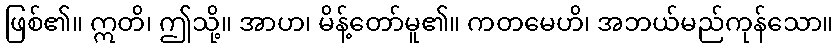
ဖြစ်၏။ ဣတိ၊ ဤသို့။ အာဟ၊ မိန့်တော်မူ၏။ ကတမေဟိ၊ အဘယ်မည်ကုန်သော။